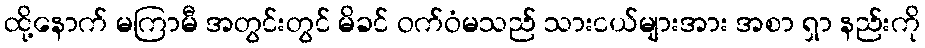
ထို့နောက် မကြာမီ အတွင်းတွင် မိခင် ဝက်ဝံမသည် သားငယ်များအား အစာ ရှာ နည်းကို